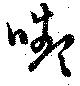
嚬